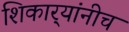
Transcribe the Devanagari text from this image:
शिकार्‍यांनीच